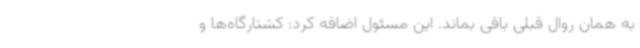
به همان روال قبلی باقی بماند. این مسئول اضافه کرد: کشتارگاه‌ها و